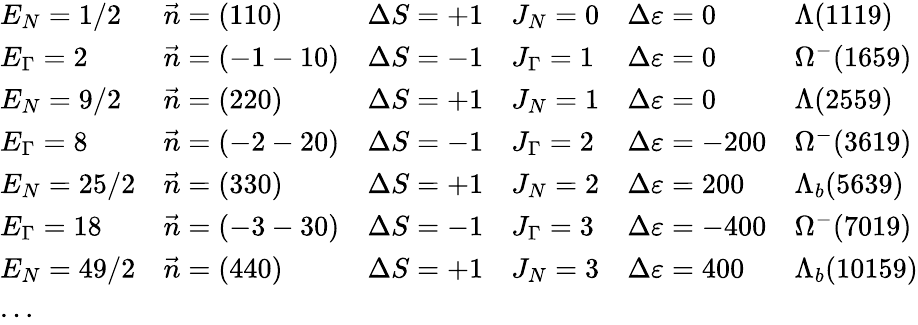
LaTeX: \begin{array}{llllll}{{E_{N}=1/2}}&{{\vec{n}=(\mathrm{110})}}&{{\Delta S=+1}}&{{J_{N}=0}}&{{\Delta\varepsilon=0}}&{{\Lambda(1119)}}\\ {{E_{\Gamma}=2}}&{{\vec{n}=(\mathrm{-1-10})}}&{{\Delta S=-1}}&{{J_{\Gamma}=1}}&{{\Delta\varepsilon=0}}&{{\Omega^{-}(1659)}}\\ {{E_{N}=9/2}}&{{\vec{n}=(\mathrm{220})}}&{{\Delta S=+1}}&{{J_{N}=1}}&{{\Delta\varepsilon=0}}&{{\Lambda(2559)}}\\ {{E_{\Gamma}=8}}&{{\vec{n}=(\mathrm{-2-20})}}&{{\Delta S=-1}}&{{J_{\Gamma}=2}}&{{\Delta\varepsilon=-200}}&{{\Omega^{-}(3619)}}\\ {{E_{N}=25/2}}&{{\vec{n}=(\mathrm{330})}}&{{\Delta S=+1}}&{{J_{N}=2}}&{{\Delta\varepsilon=200}}&{{\Lambda_{b}(5639)}}\\ {{E_{\Gamma}=18}}&{{\vec{n}=(\mathrm{-3-30})}}&{{\Delta S=-1}}&{{J_{\Gamma}=3}}&{{\Delta\varepsilon=-400}}&{{\Omega^{-}(7019)}}\\ {{E_{N}=49/2}}&{{\vec{n}=(\mathrm{440})}}&{{\Delta S=+1}}&{{J_{N}=3}}&{{\Delta\varepsilon=400}}&{{\Lambda_{b}(10159)}}\\ {{\ldots}}&{{}}&{{}}&{{}}&{{}}&{{}}\end{array}